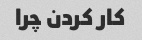
کار کردن چرا